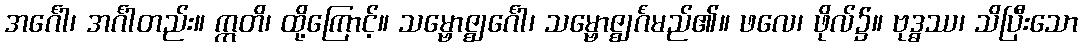
အင်္ဂေါ၊ အင်္ဂါတည်း။ ဣတိ၊ ထို့ကြောင့်။ သမ္ဗောဇ္ဈင်္ဂေါ၊ သမ္ဗောဇ္ဈင်္ဂံမည်၏။ ဖလေ၊ ဖိုလ်၌။ ဗုဒ္ဓဿ၊ သိပြီးသော